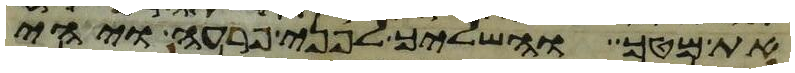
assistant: את מטך והשליך לפני פרעה ויהי